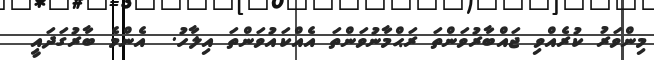
މިންވަރު ކުރެއްވި ޖައްބާރުވަންތަ ރަޙްމާނުވަންތަ އެއްކައުވަންތަ އިލާހު.  އެންމެ ބާރުގަދައީ